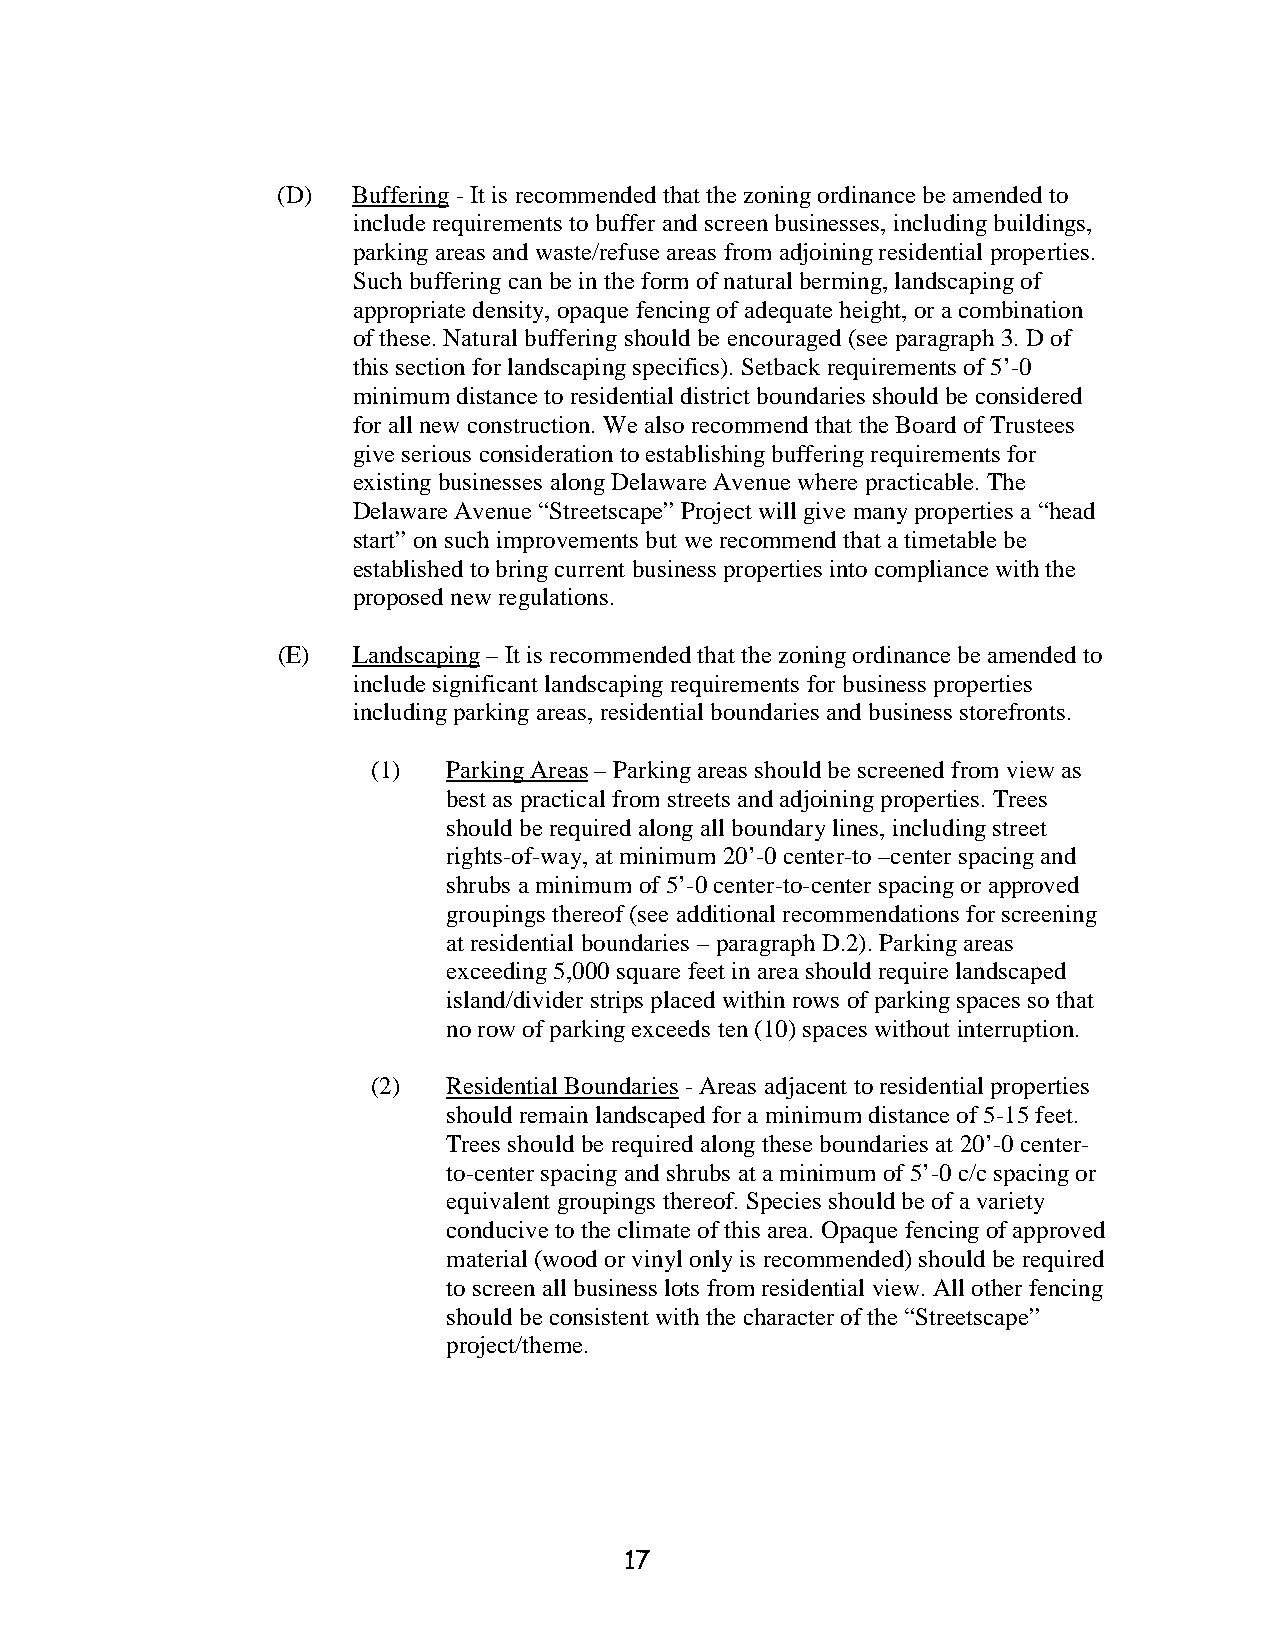
(D)  Buffering - It is recommended that the zoning ordinance be amended to
 include requirements to buffer and screen businesses, including buildings,
 parking areas and waste/refuse areas from adjoining residential properties.
 Such buffering can be in the form of natural berming, landscaping of
 appropriate density, opaque fencing of adequate height, or a combination
 of these. Natural buffering should be encouraged (see paragraph 3. D of
 this section for landscaping specifics). Setback requirements of 5’-0
 minimum distance to residential district boundaries should be considered
 for all new construction. We also recommend that the Board of Trustees
 give serious consideration to establishing buffering requirements for
 existing businesses along Delaware Avenue where practicable. The
 Delaware Avenue “Streetscape” Project will give many properties a “head
 start” on such improvements but we recommend that a timetable be
 established to bring current business properties into compliance with the
 proposed new regulations.
 (E)  Landscaping – It is recommended that the zoning ordinance be amended to
 include significant landscaping requirements for business properties
 including parking areas, residential boundaries and business storefronts.
 (1)  Parking Areas – Parking areas should be screened from view as
 best as practical from streets and adjoining properties. Trees
 should be required along all boundary lines, including street
 rights-of-way, at minimum 20’-0 center-to –center spacing and
 shrubs a minimum of 5’-0 center-to-center spacing or approved
 groupings thereof (see additional recommendations for screening
 at residential boundaries – paragraph D.2). Parking areas
 exceeding 5,000 square feet in area should require landscaped
 island/divider strips placed within rows of parking spaces so that
 no row of parking exceeds ten (10) spaces without interruption.
 (2)  Residential Boundaries - Areas adjacent to residential properties
 should remain landscaped for a minimum distance of 5-15 feet.
 Trees should be required along these boundaries at 20’-0 center-
 to-center spacing and shrubs at a minimum of 5’-0 c/c spacing or
 equivalent groupings thereof. Species should be of a variety
 conducive to the climate of this area. Opaque fencing of approved
 material (wood or vinyl only is recommended) should be required
 to screen all business lots from residential view. All other fencing
 should be consistent with the character of the “Streetscape”
 project/theme.
 17